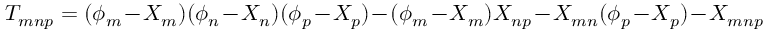
T _ { m n p } = ( \phi _ { m } - X _ { m } ) ( \phi _ { n } - X _ { n } ) ( \phi _ { p } - X _ { p } ) - ( \phi _ { m } - X _ { m } ) X _ { n p } - X _ { m n } ( \phi _ { p } - X _ { p } ) - X _ { m n p }